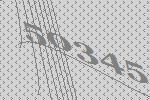
50345